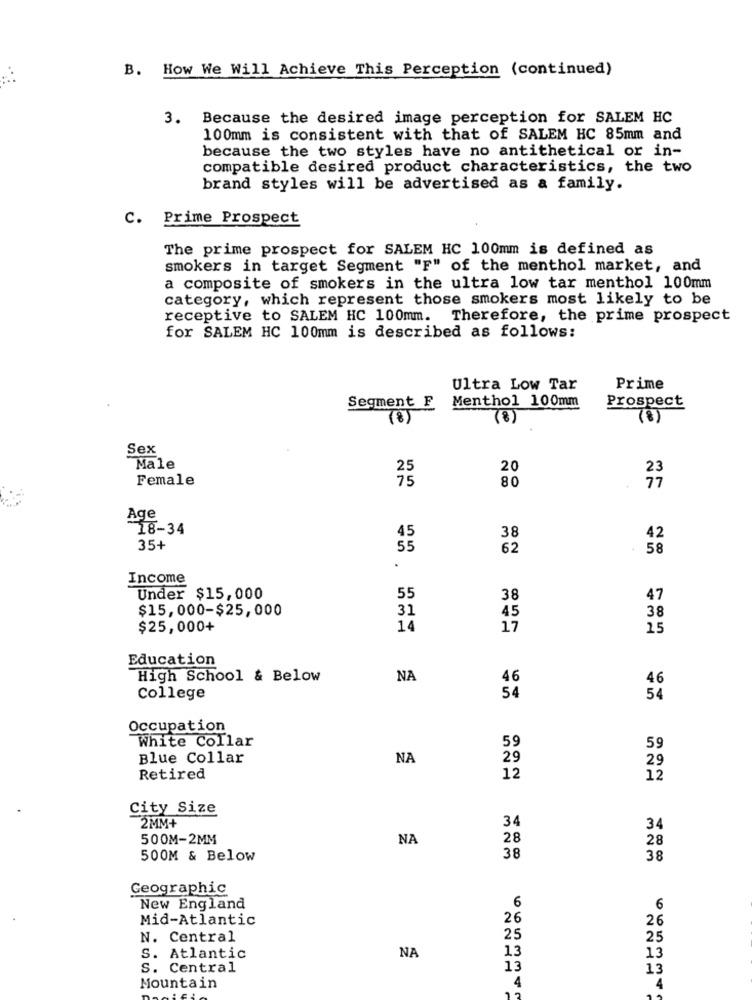
B. How We Will Achieve This Perception (continued)
3. Because the desired image perception for SALEM HC
100mm is consistent with that of SALEM HC 85mm and
because the two styles have no antithetical or in-
compatible desired product characteristics, the two
brand styles will be advertised as a family.
c.
Prime Prospect
The prime prospect for SALEM HC 100mm is defined as
smokers in target Segment "F" of the menthol market, and
a composite of smokers in the ultra low tar menthol 100mm
category, which represent those smokers most likely to be
receptive to SALEM HC 100mm. Therefore, the prime prospect
for SALEM HC 100mm is described as follows:
Ultra Low Tar
Prime
Menthol 100mm
Segment F
Prospect
(8)
Sex
Male
25
20
23
Female
75
80
77
Age
18-34
38
45
42
35+
55
62
58
.
Income
Under $15,000
55
38
47
$15,000-$25,000
31
45
38
$25,000+
14
17
25
Education
High School & Below
NA
46
46
College
54
54
Occupation
White Collar
59
59
Blue Collar
NA
29
29
Retired
12
12
City Size
2MM+
34
34
500M-2MM
NA
28
28
500M & Below
38
38
Geographic
New England
6
6
Mid-Atlantic
26
26
N. Central
25
25
13
S. Atlantic
NA
13
s. Central
13
13
4
Mountain
17
4